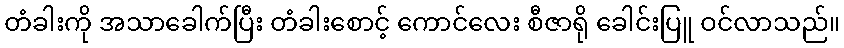
တံခါးကို အသာခေါက်ပြီး တံခါးစောင့် ကောင်လေး စီဇာရို ခေါင်းပြူ ဝင်လာသည်။